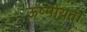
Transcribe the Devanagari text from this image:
ऊष्मीयता